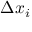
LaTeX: \Delta x _ { i }